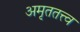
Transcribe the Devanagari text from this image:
अमृततत्त्व